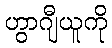
ဟွာဂျီယူကို